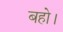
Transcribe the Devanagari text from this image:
बहो।